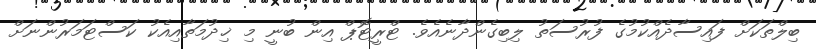
ބިލްތަކަށް ފައިސާދެއްކުމުގެ ފުރުސަތު ލިބިގެންދާނެއެވެ. ޓްރީޓޮޕް އިން ބުނީ މި ޚިދުމަތާއިއެކު ކަސްޓަމަރުންނަށް